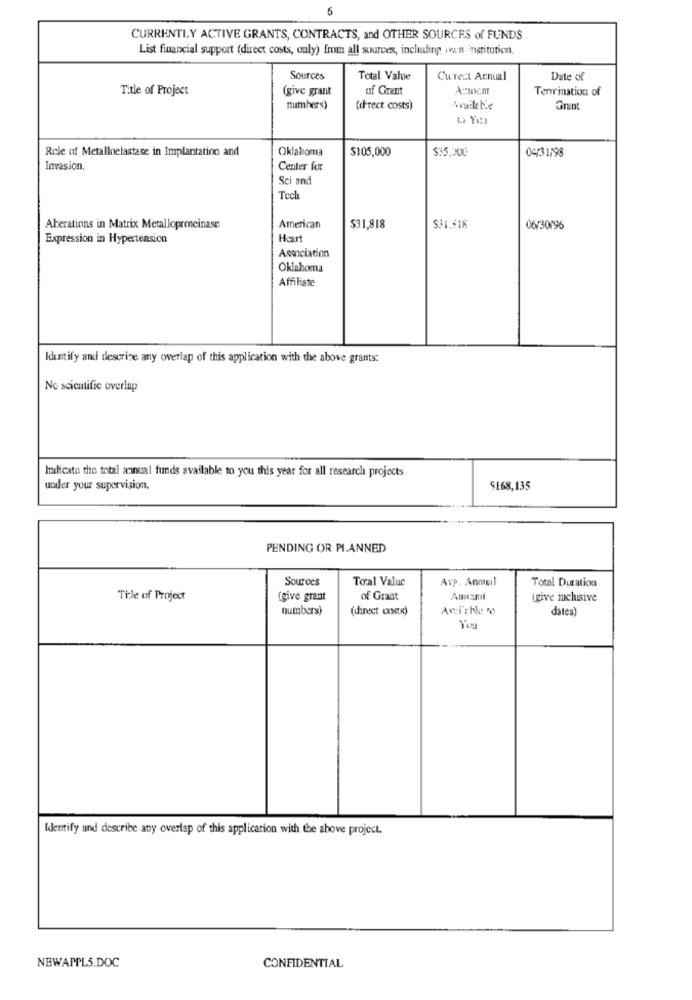
CURRENTLY ACTIVE GRANTS, CONTRACTS, and OTHER SOURCES of FUNDS
List financial support (direct costs, only) from all sourcex, including van institution.
Sources
Total Vahe
Curezt Annual
Date of
Title of Project
(give grant
of Grant
Tenrination of
numbers)
(direct costs)
Role of Metalloelastase in Implantation and
Oklahoma
$105,000
$35,000
04131198
Invasion.
Center for
Sci and
Tech
Aberations in Matrix Metalloprencinase
American
$31,818
$31.518
06/30196
Expression in Hypertension
Heart
Association
Oklahoma
Affiliate
Identify and descrive any overlap of this application with the above grants:
No scientific overlap
Ilicate the total annual funds available to you this year for all research projects
under your supervision,
$168,135
PENDING OR PLANNED
Sources
Toral Value
Avp. Anmel
Total Duration
Title of Project
[give grant
of Grant
igive inclusive
numbers)
(direct costx)
Aviable
dates)
Identify and describe any overlap of this application with the above project.
NEWAPPL5.DOC
CONFIDENTIAL